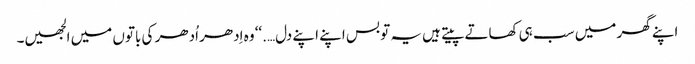
اپنے گھر میں سب ہی کھاتے پیتے ہیں یہ تو بس اپنے اپنے دل….‘‘ وہ اِدھر اُدھر کی باتوں میں الجھیں۔